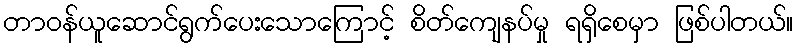
တာဝန်ယူဆောင်ရွက်ပေးသောကြောင့် စိတ်ကျေနပ်မှု ရရှိစေမှာ ဖြစ်ပါတယ်။